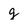
Character: g